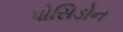
પોસિડોન